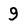
Character: 9